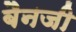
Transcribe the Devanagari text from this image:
बैनजी